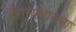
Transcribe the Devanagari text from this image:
वैराग्यभावना